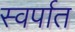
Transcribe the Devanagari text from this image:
स्वर्पात